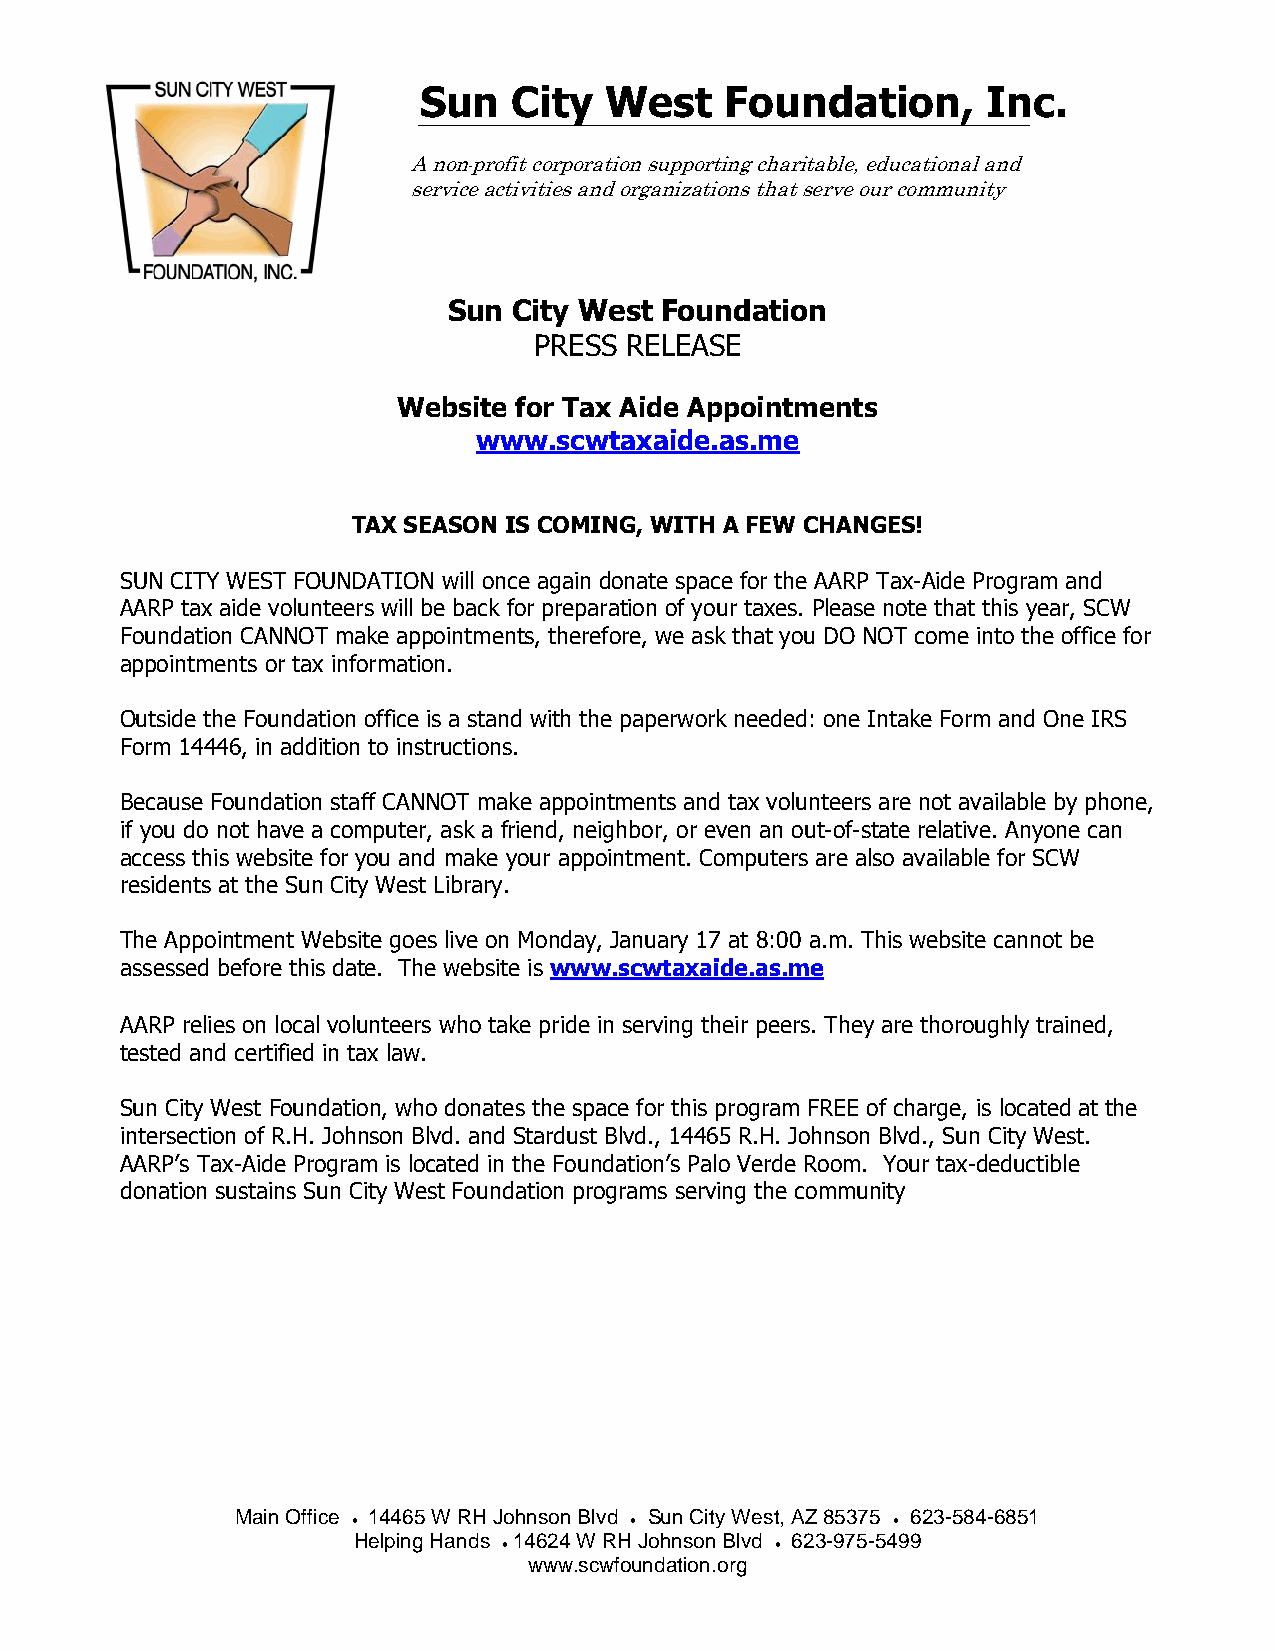
Sun   City  West    Foundation,      Inc.
 A n on -profit corporation supporting charitable, educational and
 service activities and organizations that serve our community
 Sun City West Foundation
 PRESS RELEASE
 Website for Tax Aide Appointments
 www.scwtaxaide.as.me
 TAX SEASON IS COMING, WITH A FEW CHANGES!
 SUN CITY WEST FOUNDATION will once again donate space for the AARP Tax-Aide Program and
 AARP tax aide volunteers will be back for preparation of your taxes. Please note that this year, SCW
 Foundation CANNOT make appointments, therefore, we ask that you DO NOT come into the office for
 appointments or tax information.
 Outside the Foundation office is a stand with the paperwork needed: one Intake Form and One IRS
 Form 14446, in addition to instructions.
 Because Foundation staff CANNOT make appointments and tax volunteers are not available by phone,
 if you do not have a computer, ask a friend, neighbor, or even an out-of-state relative. Anyone can
 access this website for you and make your appointment. Computers are also available for SCW
 residents at the Sun City West Library.
 The Appointment Website goes live on Monday, January 17 at 8:00 a.m. This website cannot be
 assessed before this date. The website is www.scwtaxaide.as.me
 AARP relies on local volunteers who take pride in serving their peers. They are thoroughly trained,
 tested and certified in tax law.
 Sun City West Foundation, who donates the space for this program FREE of charge, is located at the
 intersection of R.H. Johnson Blvd. and Stardust Blvd., 14465 R.H. Johnson Blvd., Sun City West.
 AARP’s Tax-Aide Program is located in the Foundation’s Palo Verde Room. Your tax-deductible
 donation sustains Sun City West Foundation programs serving the community
 Main Office
 •
 14465 W RH Johnson Blvd
 •
 Sun City West, AZ 85375
 •
 623-584-6851
 Helping Hands
 •
 14624 W RH Johnson Blvd
 •
 623-975-5499
 www.scwfoundation.org